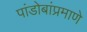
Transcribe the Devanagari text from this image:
पांडोबांप्रमाणे